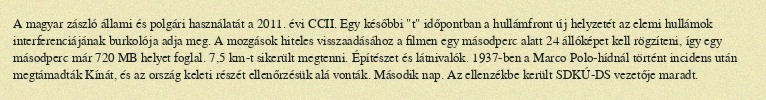
A magyar zászló állami és polgári használatát a 2011. évi CCII. Egy későbbi "t" időpontban a hullámfront új helyzetét az elemi hullámok interferenciájának burkolója adja meg. A mozgások hiteles visszaadásához a filmen egy másodperc alatt 24 állóképet kell rögzíteni, így egy másodperc már 720 MB helyet foglal. 7,5 km-t sikerült megtenni. Építészet és látnivalók. 1937-ben a Marco Polo-hídnál történt incidens után megtámadták Kínát, és az ország keleti részét ellenőrzésük alá vonták. Második nap. Az ellenzékbe került SDKÚ-DS vezetője maradt.